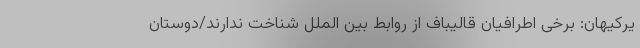
یرکیهان: برخی اطرافیان قالیباف از روابط بین الملل شناخت ندارند/دوستان